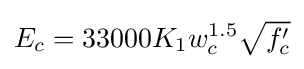
E_{c}=33000K_{1}w_{c}^{1.5}{\sqrt {f'_{c}}}